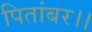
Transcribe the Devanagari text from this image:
पितांबर।।